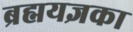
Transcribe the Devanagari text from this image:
ब्रह्मयज्ञका